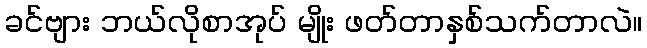
ခင်ဗျား ဘယ်လိုစာအုပ် မျိုး ဖတ်တာနှစ်သက်တာလဲ။